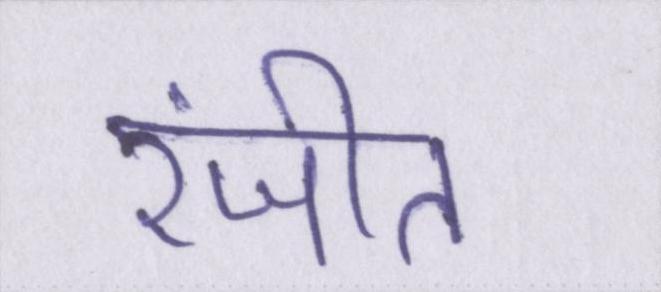
रंजीत